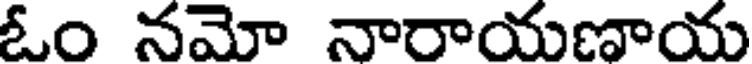
ఓం నమో నారాయణాయ